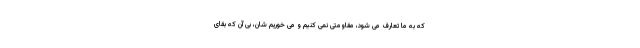
که به ما تعارف می شود، مقاومتی نمی کنیم و می خوریم شان، بی آن که بقای